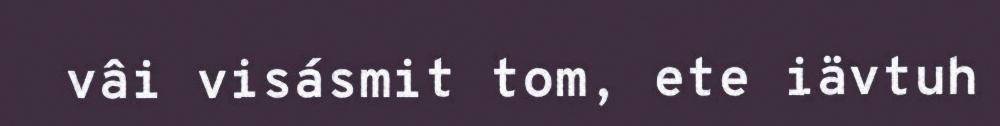
vâi visásmit tom, ete iävtuh